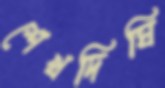
শেখদিঘি